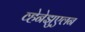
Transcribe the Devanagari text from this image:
व्हेनेझुएलन